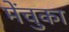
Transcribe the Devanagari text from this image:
मेंचुका